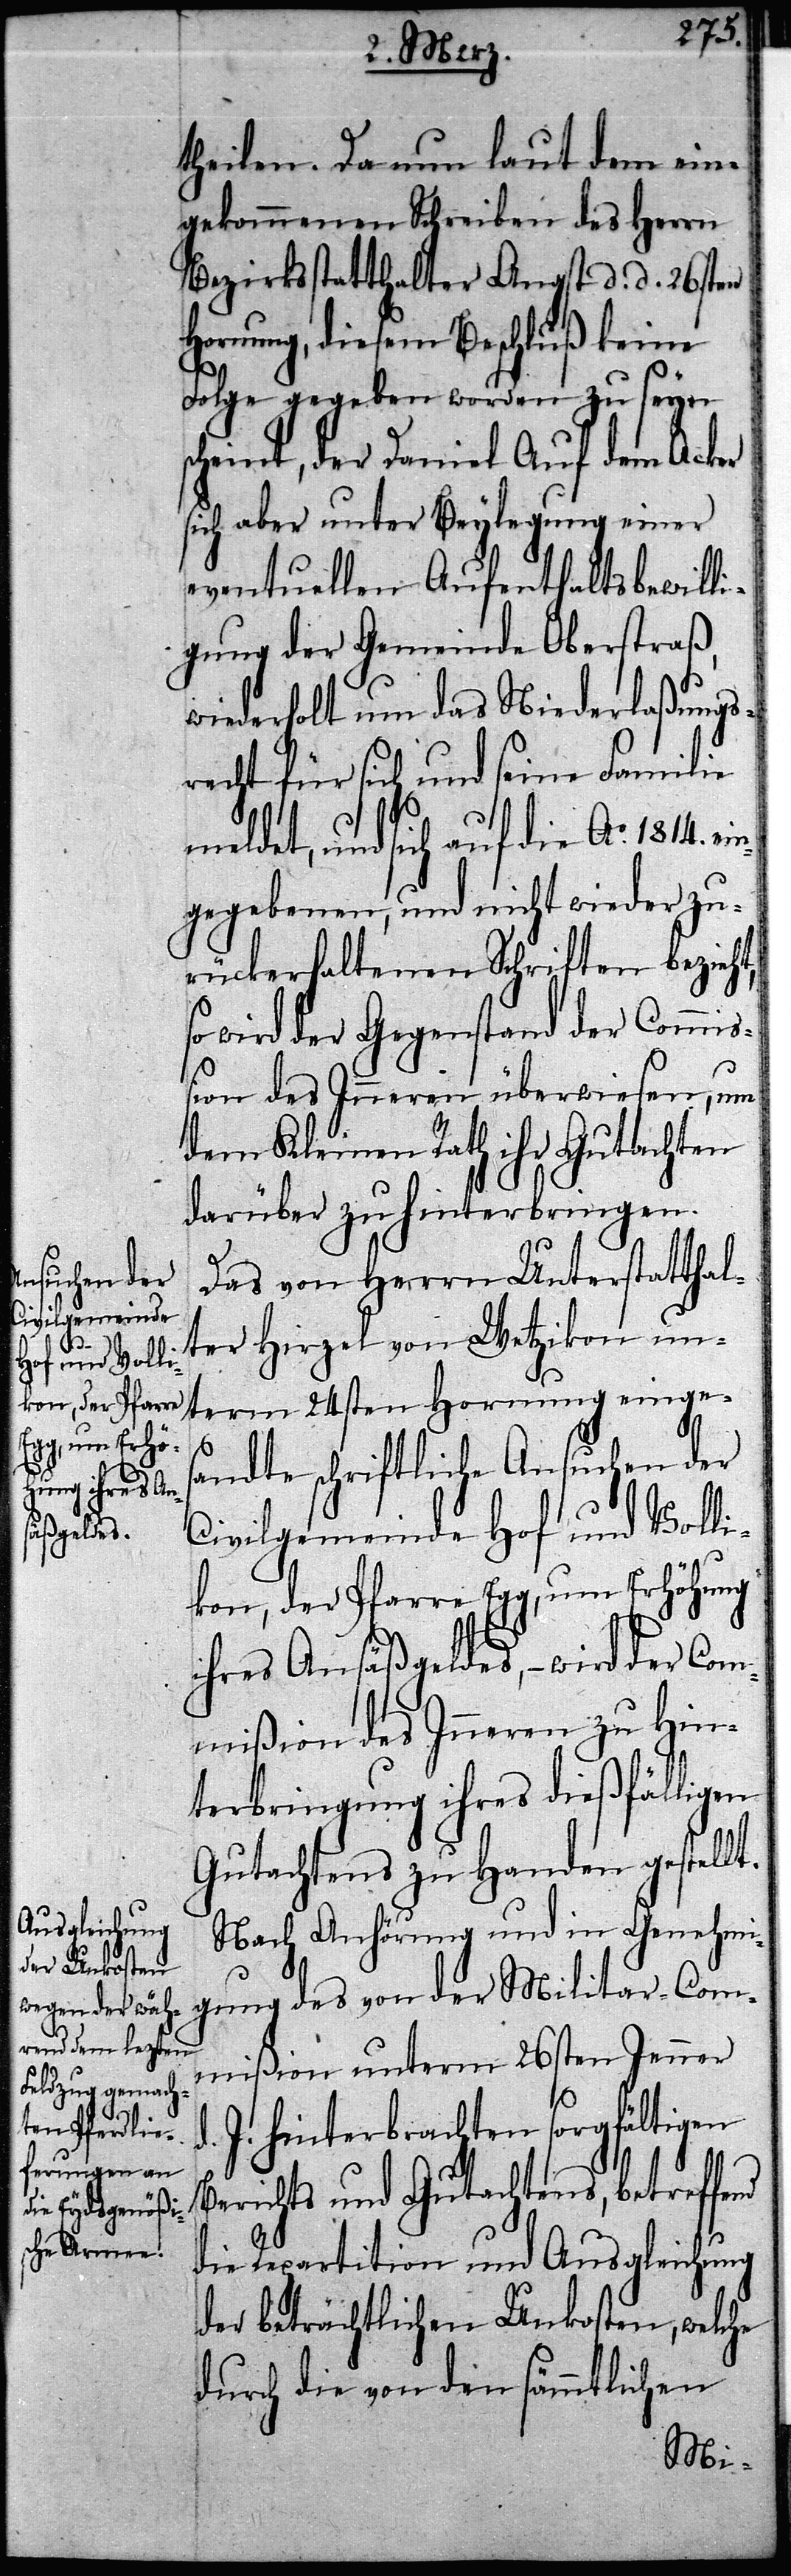
theilen. Da nun laut dem ein¬
gekommenen Schreiben des Herrn
Bezirksstatthalter Angst d. d. 26sten
Hornung, diesem Beschluß keine
Folge gegeben worden zu seyn
scheint, der Daniel Auf dem Acker
sich aber unter Beylegung einer
eventuellen Aufenthaltsbewilli¬
gung der Gemeinde Oberstraß,
wiederholt um das Niederlaßungs¬
recht für sich und seine Familie
meldet, und sich auf die Ao. 1814. e¬
gegebenen, und nicht wieder zu¬
rückerhaltenen Schriften bezieht,
wird der Gegenstand der Commiß¬
ion des Inneren überwiesen, um
dem Kleinen Rath ihr Gutachten
darüber zu hinterbringen.
Das von Herrn Unterstatthal¬
ter Hirzel von Wetzikon un¬
term 24sten Hornung einge¬
s¬
andte schriftliche Ansuchen der
Civilgemeinde Hof und Volli¬
kon, der Pfarre Egg, um Erhöhung
ihres Ansäßengeldes, – wird der Com¬
mißion des Inneren zu Hin¬
terbringung ihres dießfälligen
Gutachtens zu Handen gestellt.
Nach Anhörung und in Genehmi¬
gung des von der Militar-Com¬
mißion unterm 26sten Jenner
J. hinterbrachten sorgfältigen
nd
erichts und Gutachtens, betreffe¬
die Repartition und Ausgleichung
der beträchtlichen Unkosten, welche
durch die von den sämmtlichen